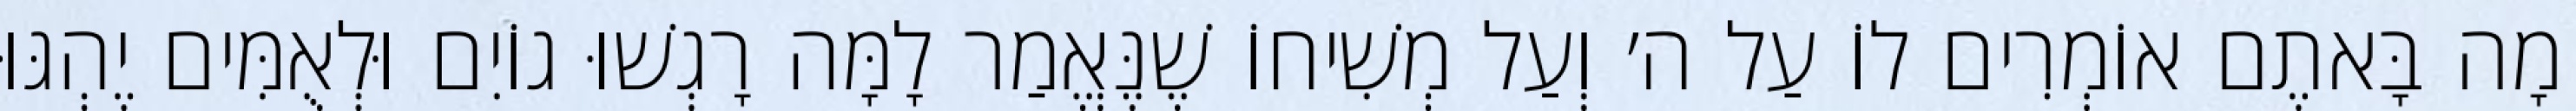
מָה בָּאתֶם אוֹמְרִים לוֹ עַל ה׳ וְעַל מְשִׁיחוֹ שֶׁנֶּאֱמַר לָמָּה רָגְשׁוּ גוֹיִם וּלְאֻמִּים יֶהְגּוּ